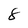
Character: 8